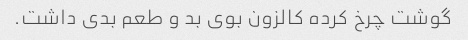
گوشت چرخ کرده کالزون بوی بد و طعم بدی داشت.